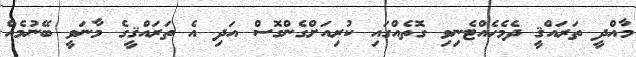
މާއްދީ ތަރައްޤީ ދެމެހެއްޓެނިވި ގޮތެއްގައި ކުރިއަށްގެންގޮސް އަދި އެ ތަރައްޤީގެ މާނަވީ ބޭނުމެއް